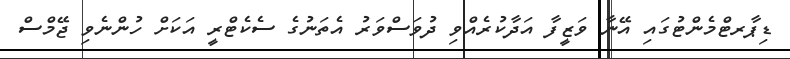
ޑިޕާރޓްމެންޓުގައި އޭނާ ވަޒީފާ އަދާކުރެއްވި ދުވަސްވަރު އެތަނުގެ ސެކެޓްރީ އަކަށް ހުންނެވި ޖޭމްސް